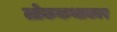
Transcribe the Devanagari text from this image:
लोककथाकार